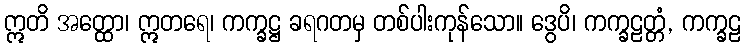
ဣတိ အတ္ထော၊ ဣတရေ၊ ကက္ခဋ္ဌ ခရဂတမှ တစ်ပါးကုန်သော။ ဒွေပိ၊ ကက္ခဠတ္တံ, ကက္ခဠ